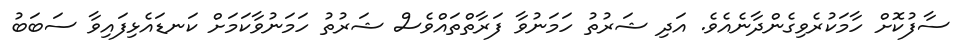
ސާފުކޮށް ހާމަކުރެވިގެންދާނެއެވެ. އަދި ޝަރުތު ހަމަނުވާ ފަރާތްތައްވެސް ޝަރުތު ހަމަނުވާކަމަށް ކަނޑައެޅިފައިވާ ސަބަބު